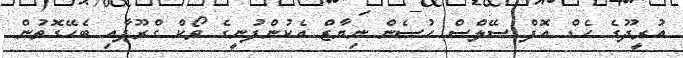
އުރީދޫގެ ހެޑް އޮފް ސޭލްސް ހުސެން ނިޔާޒް އެކުންފުނީގެ ވޯކް ގްރޫޕާއި ބެހޭގޮތުން